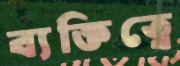
ব্যক্তিত্বে